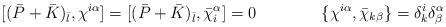
LaTeX: \begin{align*}\lbrack (\bar P+\bar K)_{\bar l}, \chi^{i\alpha} \rbrack =\lbrack (\bar P+\bar K)_{\bar l}, \bar \chi_{i}^{\alpha} \rbrack = 0\qquad\qquad\{ \chi^{i\alpha}, \bar\chi_{k\beta} \}= \delta^i_k \delta^{\alpha}_{\beta}\end{align*}